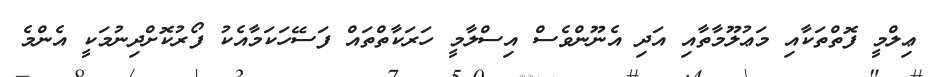
ޢިލްމީ ފޮތްތަކާއި މަޢުލޫމާތާއި އަދި އެނޫންވެސް އިސްލާމީ ހަރަކާތްތައް ފަސޭހަކަމާއެކު ފޯރުކޮށްދިނުމަކީ އެންމެ